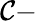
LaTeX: \mathcal{C}-